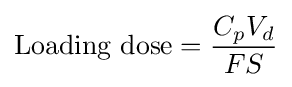
{\mbox{Loading dose}}={\frac {C_{p}V_{d}}{FS}}